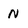
Character: N